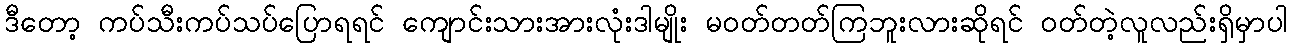
ဒီတော့ ကပ်သီးကပ်သပ်ပြောရရင် ကျောင်းသားအားလုံးဒါမျိုး မဝတ်တတ်ကြဘူးလားဆိုရင် ဝတ်တဲ့လူလည်းရှိမှာပါ